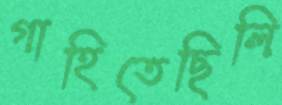
গাহিতেছিলি